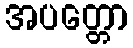
အပတ္တော